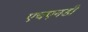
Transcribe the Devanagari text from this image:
एचएनडी